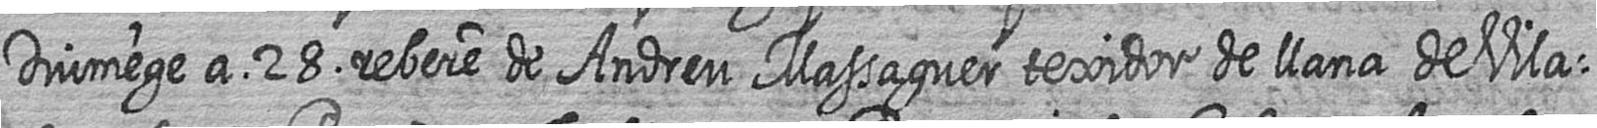
Diumege a 28 rebere de Andreu Massaguer texidor de llana de Vila=